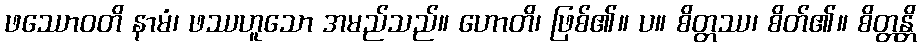
ဖဿောဝတိ နာမံ၊ ဖဿဟူသော အမည်သည်။ ဟောတိ၊ ဖြစ်၏။ ပ။ စိတ္တဿ၊ စိတ်၏။ စိတ္တန္တိ